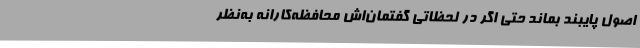
اصول پایبند بماند حتی اگر در لحظاتی گفتمان‌اش محافظه‌کارانه به‌نظر